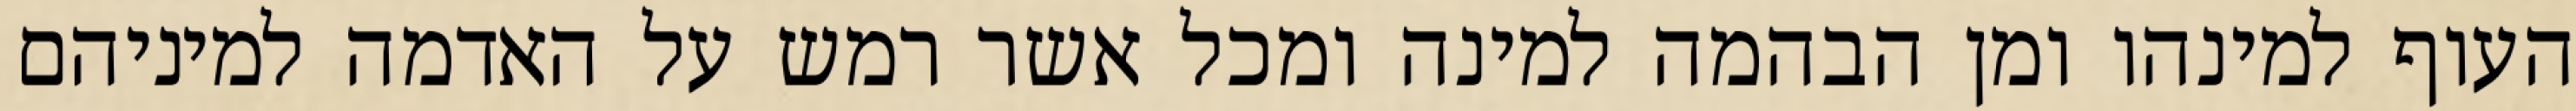
העוף למינהו ומן הבהמה למינה ומכל אשר רמש על האדמה למיניהם